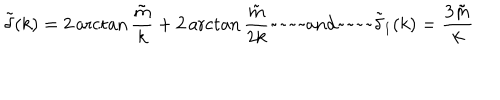
LaTeX: \tilde { \delta } ( k ) = 2 \operatorname { a r c t a n } \frac { \tilde { m } } { k } + 2 \operatorname { a r c t a n } \frac { \tilde { m } } { 2 k } \mathrm { ~ a n d ~ } \tilde { \delta } _ { 1 } ( k ) = \frac { 3 \tilde { m } } { k }